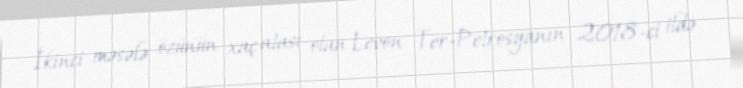
İkinci məsələ özünün xaç atası olan Levon Ter-Petrosyanın 2018-ci ildə